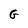
Character: G